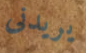
يريدنى